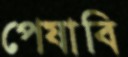
পেষাবি